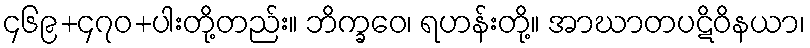
၄၆၉+၄၇၀+ပါးတို့တည်း။ ဘိက္ခဝေ၊ ရဟန်းတို့။ အာဃာတပဋိဝိနယာ၊